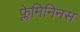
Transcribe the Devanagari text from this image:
फ्लेमिनिनस